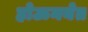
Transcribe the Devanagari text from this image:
होऊनयेत